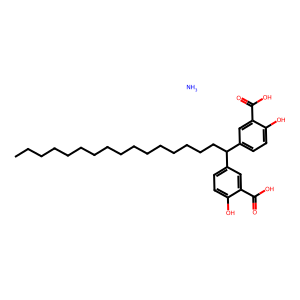
SMILES: CCCCCCCCCCCCCCCCC(c1ccc(O)c(C(=O)O)c1)c1ccc(O)c(C(=O)O)c1.N
Inhibits HIV replication: No